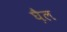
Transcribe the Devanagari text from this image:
घ़ैल